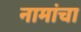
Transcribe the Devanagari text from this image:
नामांचा